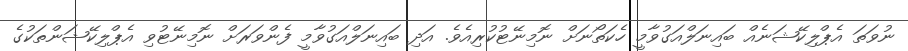
ނުވަތަ އެޕްލިކޭޝަނެއް ބައިނަލްއަގުވާމީ ހެކަތޯނަށް ނޮމިނޭޓުކުރިއެވެ. އަދި ބައިނަލްއަގުވާމީ ފެންވަރަށް ނޮމިނޭޓުވި އެޕްލިކޭޝަންތަކުގެ